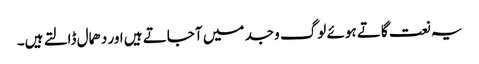
یہ نعت گاتے ہوئے لوگ وجد میں آجاتے ہیں اور دھمال ڈالتے ہیں۔